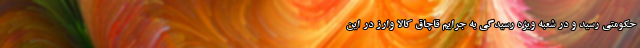
حکومتی رسید و در شعبه ویژه رسیدگی به جرایم قاچاق کالا وارز در این